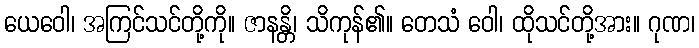
ယေဝေါ၊ အကြင်သင်တို့ကို။ ဇာနန္တိ၊ သိကုန်၏။ တေသံ ဝေါ၊ ထိုသင်တို့အား။ ဂုဏ၊